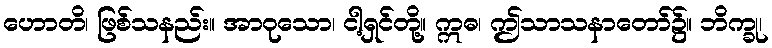
ဟောတိ၊ ဖြစ်သနည်း။ အာဝုသော၊ ငါ့ရှင်တို့။ ဣဓ၊ ဤသာသနာတော်၌။ ဘိက္ခု၊